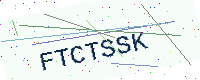
Text: FTCTSSK